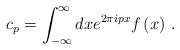
\begin{align*}c_p=\int_{-\infty }^\infty dxe^{2\pi ipx}f\left(x\right)\,.\end{align*}